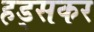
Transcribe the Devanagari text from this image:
हड्सकर